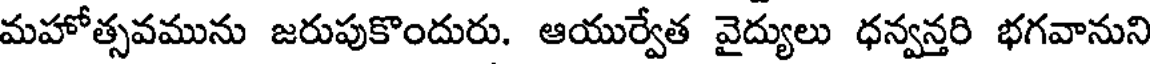
మహోత్సవమును జరుపుకొందురు. ఆయుర్వేత వైద్యులు ధన్వన్తరి భగవానుని